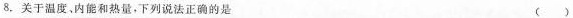
8.关于温度。内能和热量，下列说法正确的是 ()